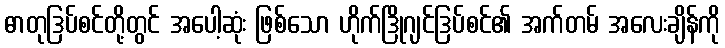
ဓာတုဒြပ်စင်တို့တွင် အပေါ့ဆုံး ဖြစ်သော ဟိုက်ဒြိုဂျင်ဒြပ်စင်၏ အက်တမ် အလေးချိန်ကို